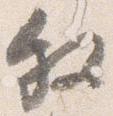
叙